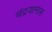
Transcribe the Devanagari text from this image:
चंद्रयानास